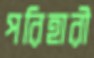
পরিহারী